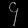
Digit: ၄